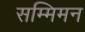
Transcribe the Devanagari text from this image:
सम्मिमन